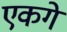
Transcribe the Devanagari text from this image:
एकगे